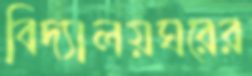
বিদ্যালয়ঘরের